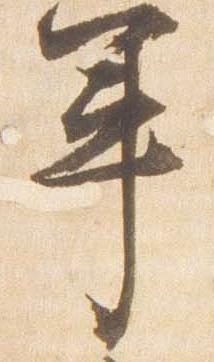
軍